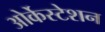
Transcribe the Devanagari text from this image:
ओर्केस्टेशन